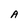
Character: A